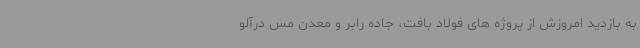
به بازدید امروزش از پروژه های فولاد بافت، جاده رابر و معدن مس درآلو